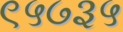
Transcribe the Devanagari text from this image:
९५७३५